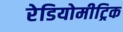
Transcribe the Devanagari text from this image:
रेडियोमीट्रिक